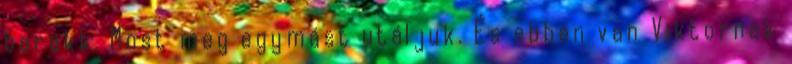
barakk. Most meg egymást utáljuk. És ebben van Viktornak